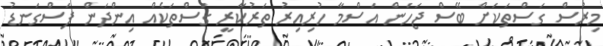
މިރުސް ގަސްތަކަށް ބޭސް ޖަހަން އަސްމާ ހުރިއިރު ތަރުކާރީ ގަސްތަކެއް އިންދަން ފަސްގަނޑު